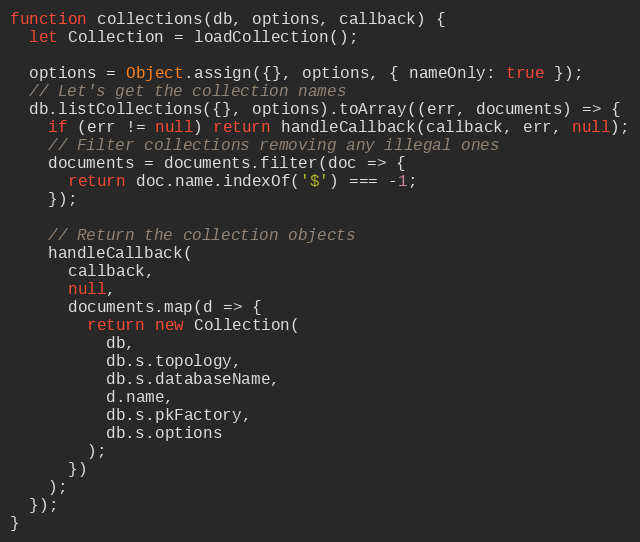
Language: JavaScript
function collections(db, options, callback) {
  let Collection = loadCollection();

  options = Object.assign({}, options, { nameOnly: true });
  // Let's get the collection names
  db.listCollections({}, options).toArray((err, documents) => {
    if (err != null) return handleCallback(callback, err, null);
    // Filter collections removing any illegal ones
    documents = documents.filter(doc => {
      return doc.name.indexOf('$') === -1;
    });

    // Return the collection objects
    handleCallback(
      callback,
      null,
      documents.map(d => {
        return new Collection(
          db,
          db.s.topology,
          db.s.databaseName,
          d.name,
          db.s.pkFactory,
          db.s.options
        );
      })
    );
  });
}